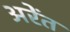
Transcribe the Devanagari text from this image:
अरेंत